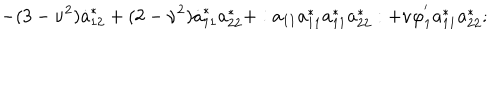
- ( 3 - \nu ^ { 2 } ) \dot { a } _ { 1 2 } ^ { * } + ( 2 - \nu ^ { 2 } ) \dot { a } _ { 1 1 } ^ { * } a _ { 2 2 } ^ { * } + : a _ { 1 1 } a _ { 1 1 } ^ { * } a _ { 1 1 } ^ { * } a _ { 2 2 } ^ { * } : + \nu \varphi _ { 1 } ^ { ' } a _ { 1 1 } ^ { * } a _ { 2 2 } ^ { * } ;